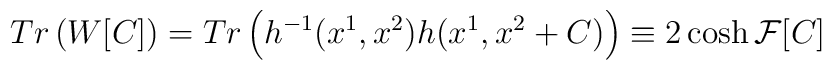
Tr\left(W[C]\right) = Tr\left(h^{-1}(x^1,x^2)h(x^1,x^2+C)\right) \equiv 2\cosh{\mathcal{F}[C]}